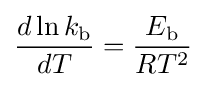
{\frac {d\ln k_{\text{b}}}{dT}}={\frac {E_{\text{b}}}{RT^{2}}}